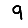
Digit: 9